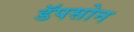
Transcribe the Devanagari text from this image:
डॅपसोन